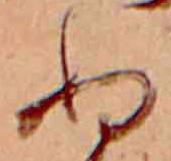
ぬ